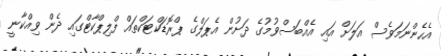
އެހެންނަމަވެސް އަލަށް އައި އެއްބަސްވުމުގެ ދަށުން އެޕަލްގެ ޕްރޮޑަކްޓަކްތައް ފްލިޕްކާޓްގައި ދެން ވިއްކާނީ